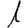
Digit: 1